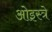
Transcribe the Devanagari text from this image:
ओइस्त्रे